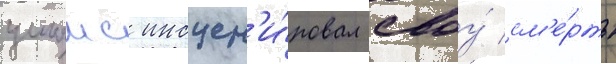
уильямс инсцен'и́ровал своу́ см'е́рть